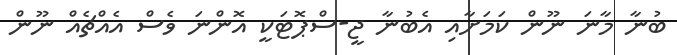
ބުނާ މާނަ ނޫން ކަމަށާއި އެބުނާ ޖީ-ސްޕޮޓަކީ އޮންނަ ވެސް އެއްޗެއް ނޫން